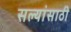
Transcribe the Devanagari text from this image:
सल्यांसाठी